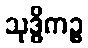
သုဒ္ဓိကဉ္စ